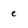
Character: e